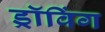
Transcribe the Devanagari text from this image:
ड्रॉविंग